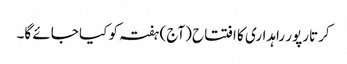
کرتارپور راہداری کا افتتاح (آج) ہفتہ کو کیا جائے گا۔